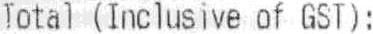
TOTAL (INCLUSIVE OF GST):